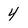
Character: 4